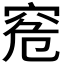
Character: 𥥠